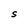
Character: S